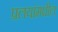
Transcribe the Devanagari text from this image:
प्रलयांमधील